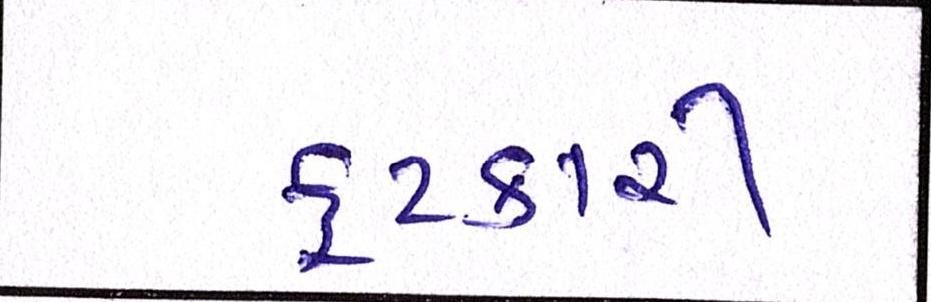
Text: ફટકારી